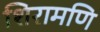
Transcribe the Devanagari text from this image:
शिरामणि